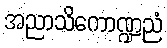
အညာသိကောဏ္ဍညံ